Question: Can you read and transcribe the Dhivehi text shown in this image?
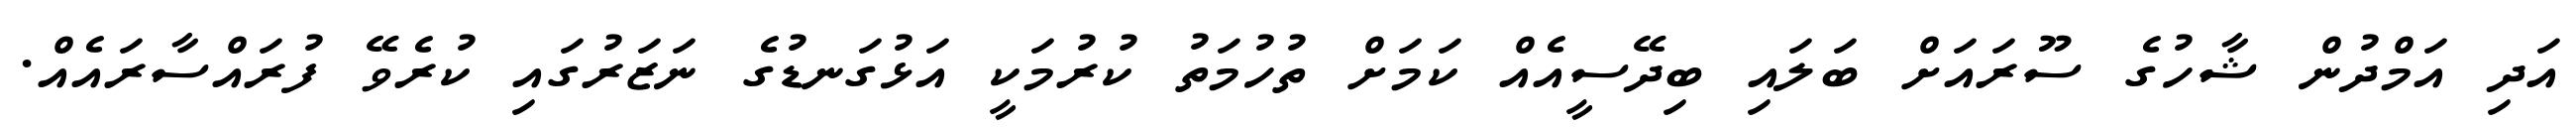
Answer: އަދި އަމްދުން ޝާހުގެ ސޫރައަށް ބަލައި ބިދޭސީއެއް ކަމަށް ތުހުމަތު ކުރުމަކީ އަޅުގަނޑުގެ ނަޒަރުގައި ކުރެވޭ ފުރައްސާރައެއް.